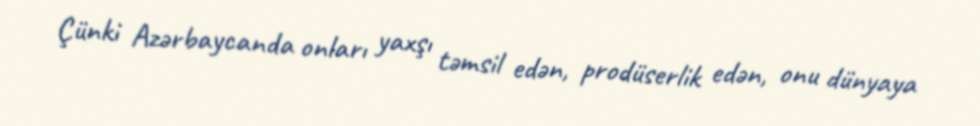
Çünki Azərbaycanda onları yaxşı təmsil edən, prodüserlik edən, onu dünyaya